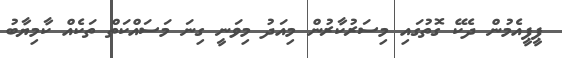
ޕީޕީއެމުން ދެކޭ ގޮތުގައި މިސަރުކާރުން މިއަދު މިވަނީ ގިނަ މަސައްކަތް ތަކެއް ކާމިޔާބު